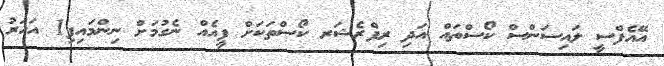
އޭއެފްސީ ލައިސަންސް ކޯސްތައް އަދި ރިފްރެޝަރ ކޯސްތަކަށް ފީއެއް ނެގުމަށް ނިންމައިފި1 އަހަރު